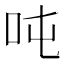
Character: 吨